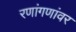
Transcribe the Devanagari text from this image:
रणांगणांवर